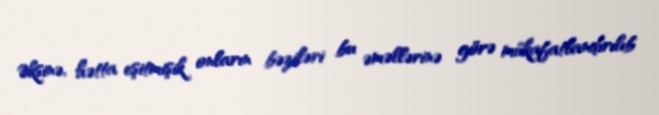
Əksinə, hətta eşitmişik onların bəziləri bu əməllərinə görə mükafatlandırılıb